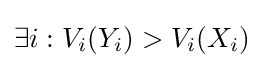
\exists {i}:V_{i}(Y_{i})>V_{i}(X_{i})